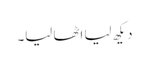
دیکھ لیا اٹھا لیا۔